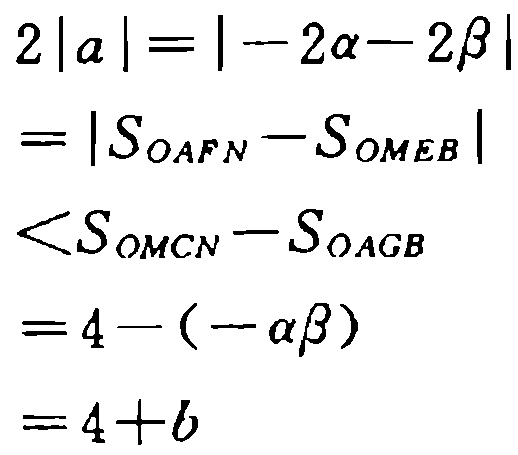
\[
\begin{align*}
2|a|&=|-2\alpha - 2\beta|\\
&=|S_{OAFN}-S_{OMEB}|\\
&<S_{OMCN}-S_{OAGB}\\
&=4-(-\alpha\beta)\\
&=4 + b
\end{align*}
\]